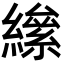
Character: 𦅍